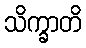
သိက္ခာတိ